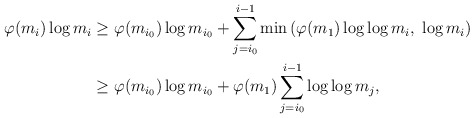
\begin{align*}\varphi(m_{i}) \log m_{i} &\ge \varphi(m_{i_0}) \log m_{i_0} + \sum_{j=i_0}^{i-1} \min \left( \varphi(m_1) \log \log m_i , \ \log m_i \right) \\&\ge \varphi(m_{i_0}) \log m_{i_0} + \varphi(m_1) \sum_{j=i_0}^{i-1} \log \log m_j,\end{align*}